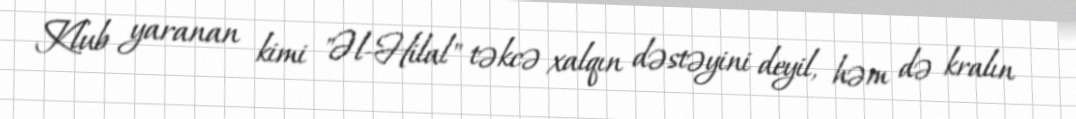
Klub yaranan kimi "Əl-Hilal" təkcə xalqın dəstəyini deyil, həm də kralın